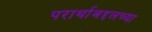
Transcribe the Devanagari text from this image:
परार्थाबद्दलच्या